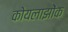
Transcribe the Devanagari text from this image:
कोयलाझोंक